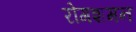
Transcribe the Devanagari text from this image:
रोगशमन